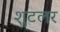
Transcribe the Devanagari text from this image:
शुटलर